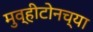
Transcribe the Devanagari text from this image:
मुव्हीटोनच्या